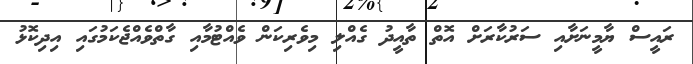
ރައީސް ޔާމީނަށާއި ސަރުކާރަށް އޮތް ތާއީދު ގެއްލި މިވެރިކަން ވެއްޓުމާއި ގާތްވެއްޖެކަމުގައި އިދިކޮޅު